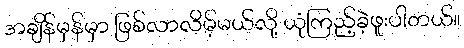
အချိန်မှန်မှာ ဖြစ်လာလိမ့်မယ်လို့ ယုံကြည့်ခဲ့ဖူးပါတယ်။